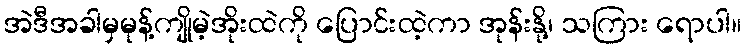
အဲဒီအခါမှမုန့်ကျိုမဲ့အိုးထဲကို ပြောင်းထဲ့ကာ အုန်းနို့၊ သကြား ရောပါ။